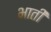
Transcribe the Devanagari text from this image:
भातीं